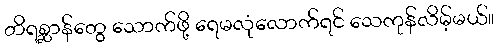
တိရစ္ဆာန်တွေ သောက်ဖို့ ရေမလုံလောက်ရင် သေကုန်လိမ့်မယ်။